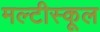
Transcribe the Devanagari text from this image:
मल्टीस्कूल